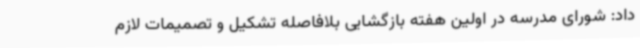
داد: شورای مدرسه در اولین هفته بازگشایی بلافاصله تشکیل و تصمیمات لازم